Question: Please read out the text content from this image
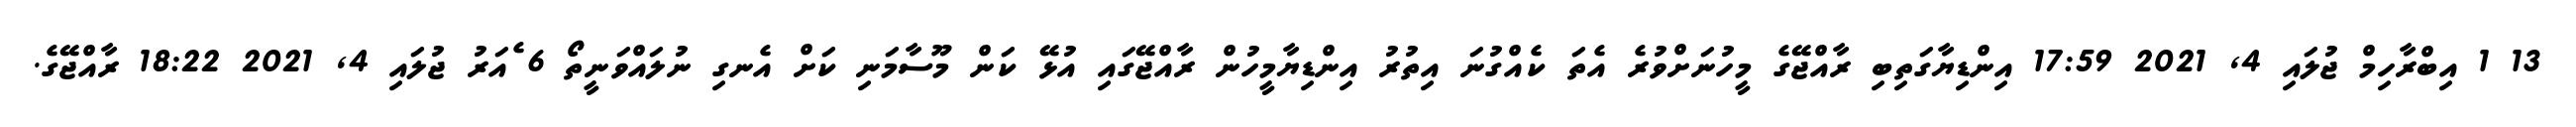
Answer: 13 1 އިބްރާހިމް ޖުލައި 4, 2021 17:59 އިންޑިޔާގަތިބި ރާއްޖޭގެ މީހުނަށްވުރެ އެތަ ކެއްގުނަ އިތުރު އިންޑިޔާމީހުން ރާއްޖޭގައި އުޅޭ ކަން މޫސާމަނި ކަށް އެނގި ނުލައްވަނީތޯ 6 ެއަރު ޖުލައި 4, 2021 18:22 ރާއްޖޭގެ.